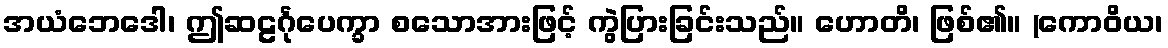
အယံဘေဒေါ၊ ဤဆဠင်္ဂုပေက္ခာ စသောအားဖြင့် ကွဲပြားခြင်းသည်။ ဟောတိ၊ ဖြစ်၏။ (ကောဝိယ၊